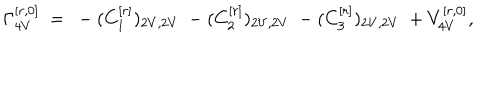
\Gamma _ { 4 V } ^ { [ r , 0 ] } \ = \ - ( C _ { 1 } ^ { [ r ] } ) _ { 2 V , 2 V } \ - ( C _ { 2 } ^ { [ r ] } ) _ { 2 V , 2 V } \ - ( C _ { 3 } ^ { [ r ] } ) _ { 2 V , 2 V } \ + V _ { 4 V } ^ { [ r , 0 ] } ,